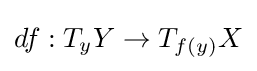
df:T_{y}Y\rightarrow T_{f(y)}X